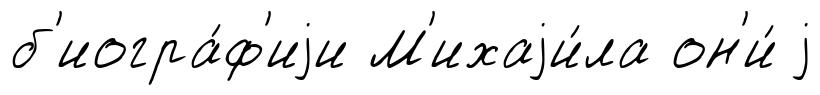
б'иогра́ф'иjи М'ихаjи́ла он'и́ j